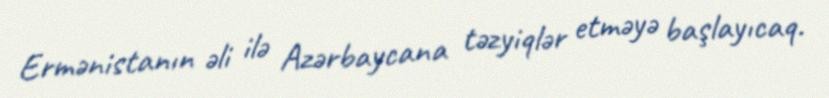
Ermənistanın əli ilə Azərbaycana təzyiqlər etməyə başlayıcaq.